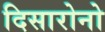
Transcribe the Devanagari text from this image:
दिसारोनो